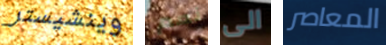
وينشيستر نعم الى المعاصر